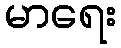
မာရေး